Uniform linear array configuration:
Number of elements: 16
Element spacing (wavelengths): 0.5
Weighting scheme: hann
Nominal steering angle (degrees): -45
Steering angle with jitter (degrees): -43.109
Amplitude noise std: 0.05
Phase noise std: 0.05

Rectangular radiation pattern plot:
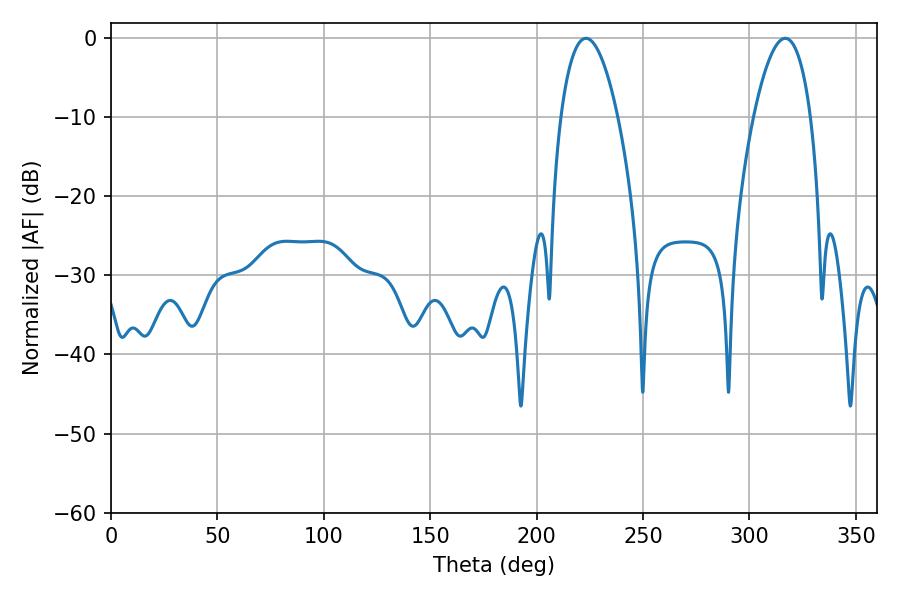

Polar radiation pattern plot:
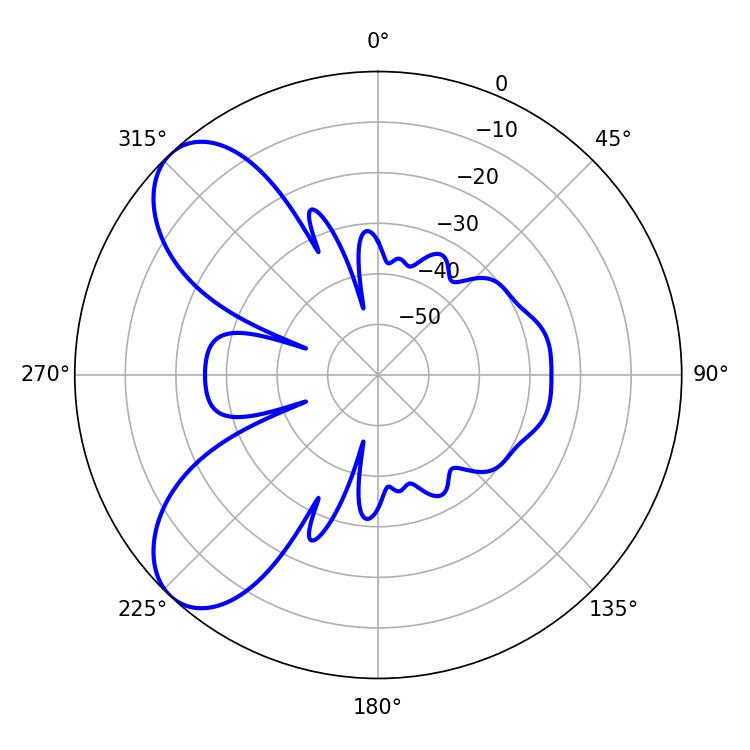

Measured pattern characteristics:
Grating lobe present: FALSE
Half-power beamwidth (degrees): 14.94
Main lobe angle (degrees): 223.2